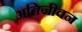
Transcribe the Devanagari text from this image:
अतिजीवन